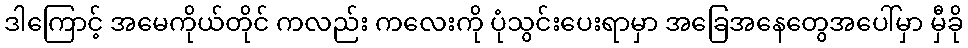
ဒါကြောင့် အမေကိုယ်တိုင် ကလည်း ကလေးကို ပုံသွင်းပေးရာမှာ အခြေအနေတွေအပေါ်မှာ မှီခို